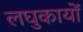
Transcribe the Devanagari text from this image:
लघुकायों